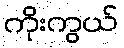
ကိုးကွယ်